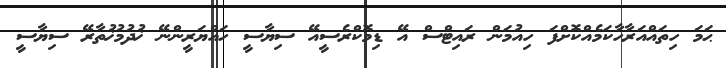
ޙަމަ ހިތައްއަރާހާކަމެއްކޮށްފަ ހިއުމަން ރައިޓްސް އޭ ޑިމޮކްރެސީއޭ ސިޔާސީ ހައްޔަރީންނޭ ޚުދުމުޚުތާރޭ ސިޔާސީ